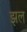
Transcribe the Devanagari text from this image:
झल